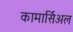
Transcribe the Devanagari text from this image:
कामार्सिअल